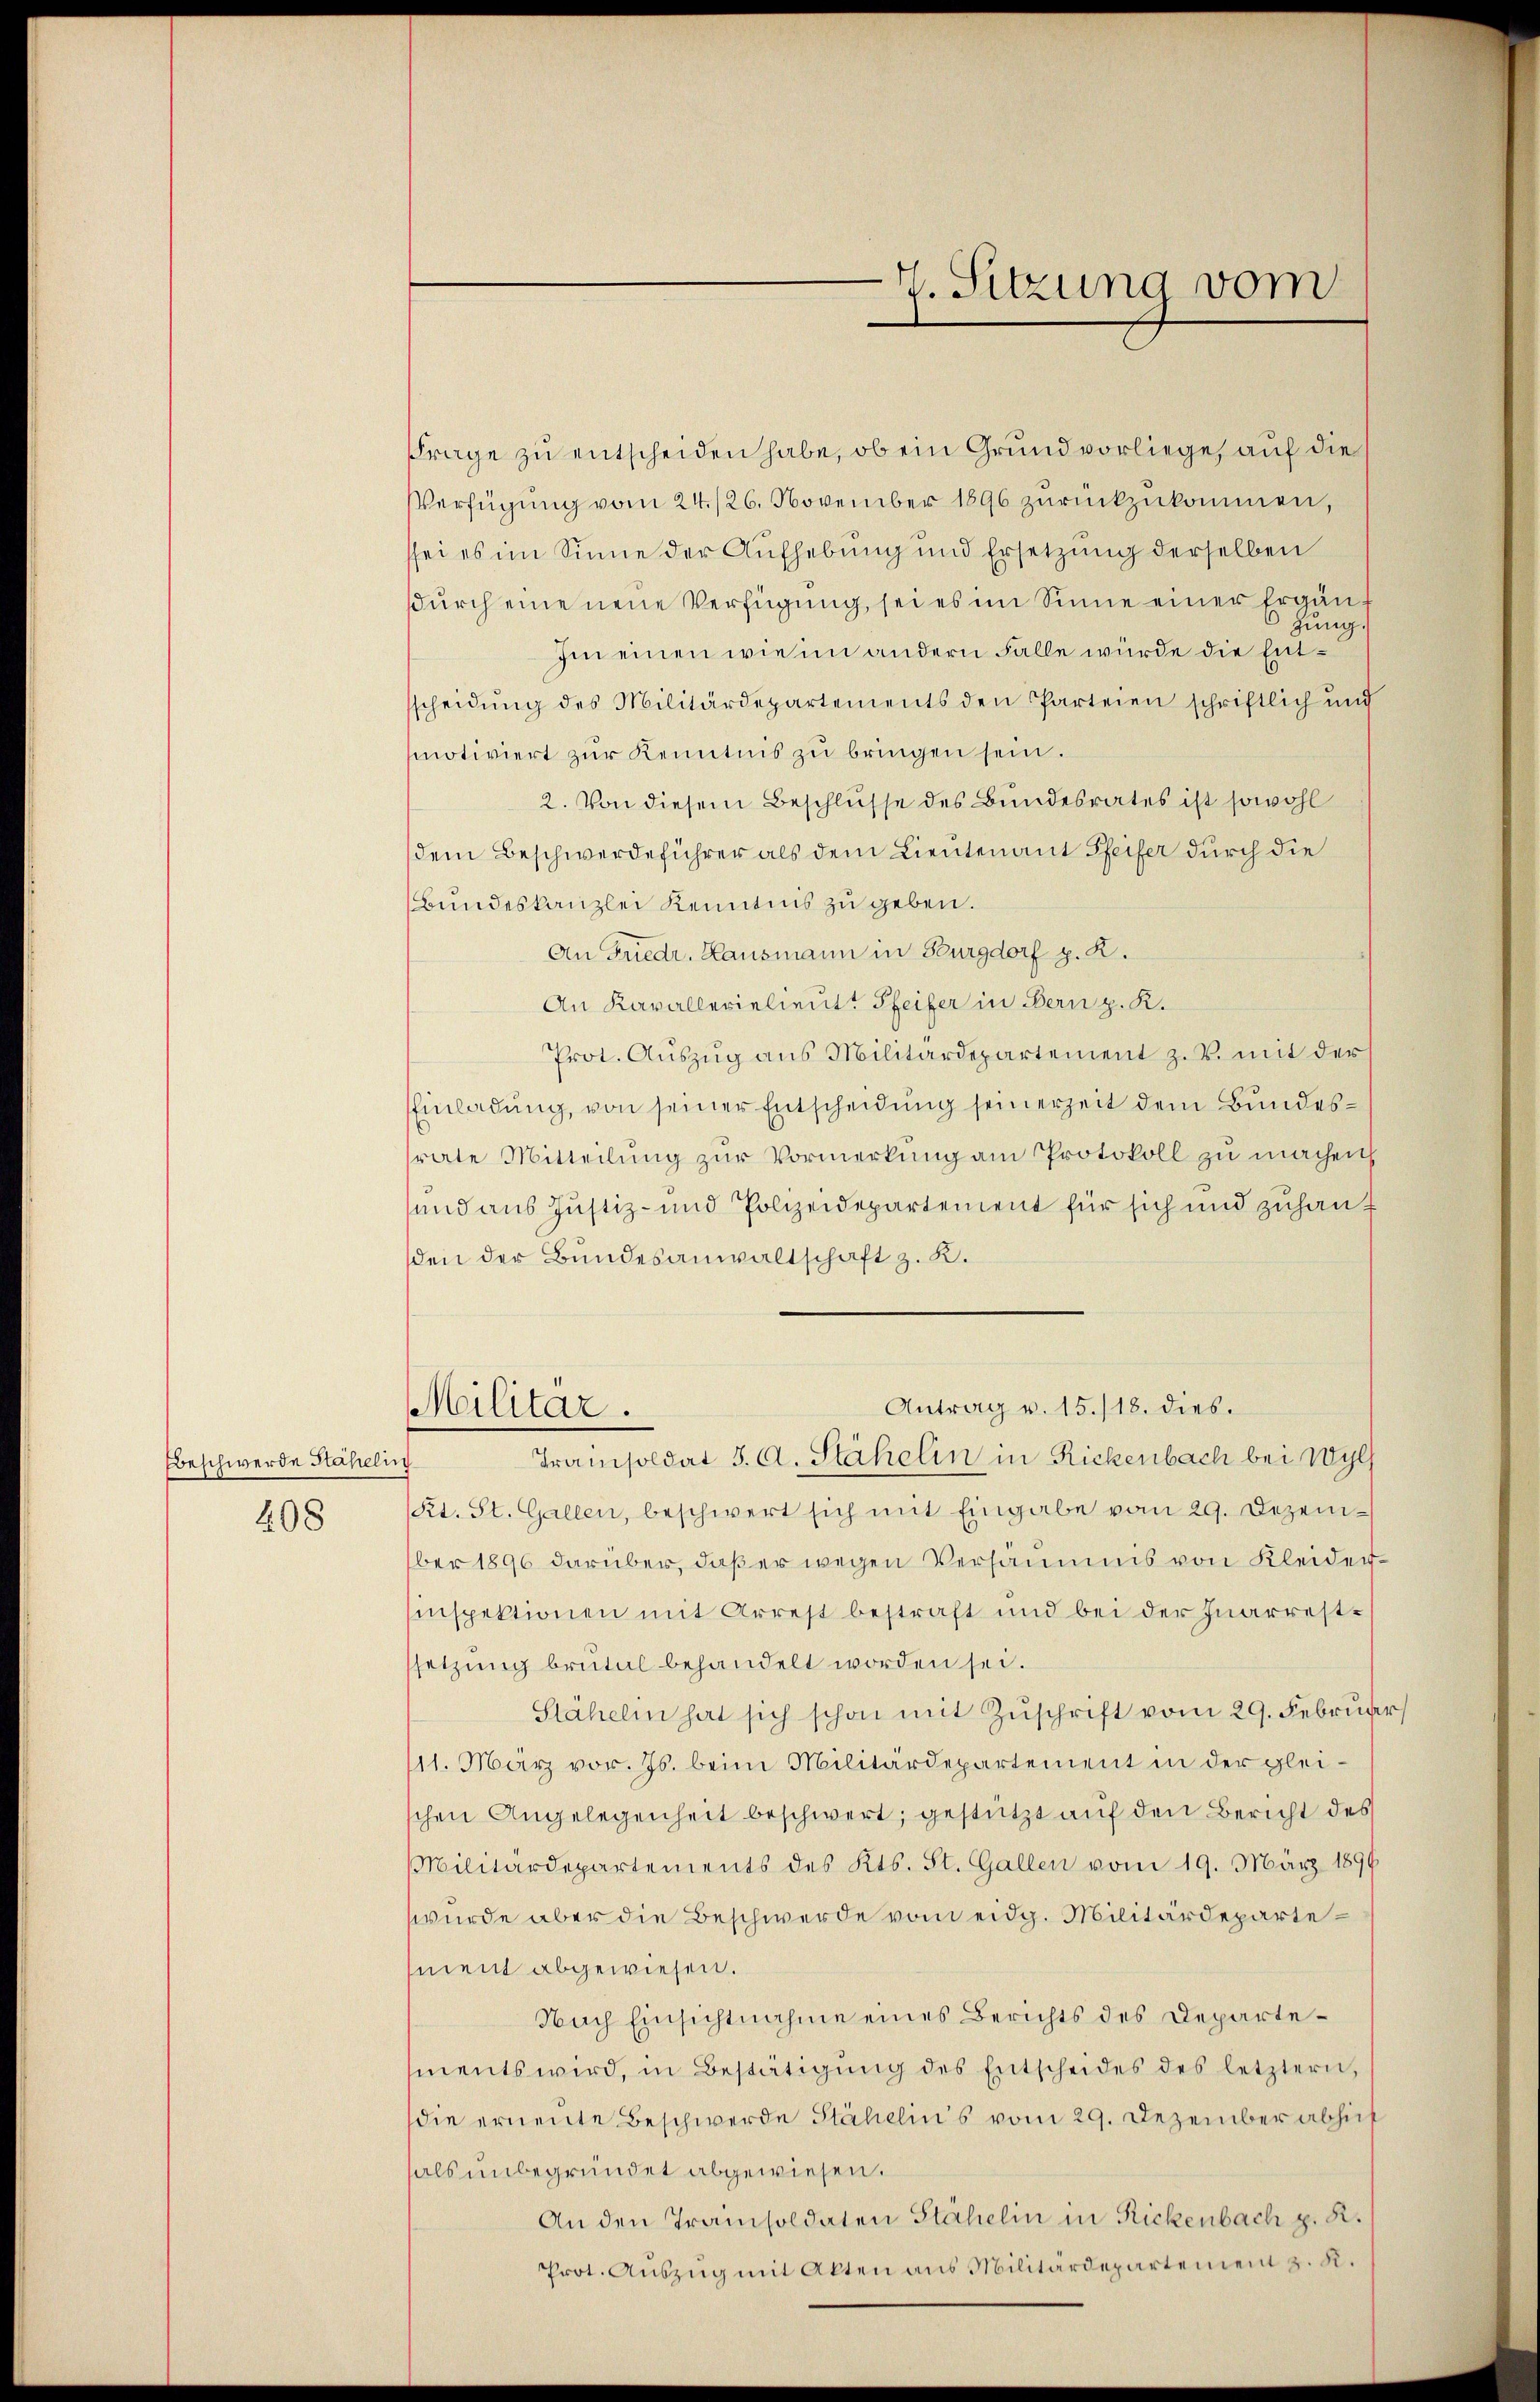
Beschwerde Stähelin
208

7. Sitzung vom

FFrage zu entscheiden habe, ob ein Grund vorliege, auf dies
Verfügŭng vom 24./26. November 1896 zŭrückzŭkommen,
ssei es im Sinne der Aufhebung und Ersetzung derselben
durch eine neue Verfügung, sei es im Sinne einer Ergänz
6
zung.
Im einen wie im andern Falle würde die Entscheidŭng des Militärdepartements den Parteien schriftlich und
motiviert zur Kenntnis zu bringen sein.
2. Von diesem Beschlüsse des Bundesrates ist sowohl
(dem Beschwerdeführer als dem Lieutenant Pfeifer durch die
Bundeskanzlei Kenntnis zu geben.
An Friedr. Hausmann in Burgdorf p. K.
An Kavallerielieutt Pfeifer in Bern z. R.
Prot. Auszug aus Militärdepartement z. B. mit der
Einladung, von seiner Entscheidung seinerzeit dem Bundessrate Mitteilung zur Vormerkung am Protokoll zu machen
und aus Justiz- und Polizeidepartement für sich und zuhauden der Bundesanwaltschaft z. R.
Antrag v. 15./18. dies.
Militär.
Tramisoldat J. A. Stähelin in Rickenbach bei Wylf
(St. St. Gallen, beschwert sich mit Eingabe vom 29. Dezember 1896 darüber, daß er wegen Versäumnis von Kleider¬
Einspektionen mit Arrest bestraft und bei der Juarrestsetzung brutal behandelt worden sei.
Stäheli hat sich schon mit Zuschrift vom 29. Februar
111. März vor. Js. beim Militärdepartement in der gleischen Angelegenheit beschwert; gestützt auf den Bericht des
Militärdepartements des Kts. St. Gallen vom 19. März 1899
wurde aber die Beschwerde vom eidg. Militärdepartement abgewiesen.
Nach Einsichtnahme eines Berichts des Departements wird, in Bestätigŭng des Entscheides des letztern,
die ernennte Beschwerde Stähelin’s vom 29. Dezember abhief
als unbegründet abgewiesen.
An den Tramisoldaten Stähelin in Rickenbach z. R.
Prot. Aŭszŭg mit Akten aus Militärdepartement z. R.